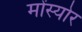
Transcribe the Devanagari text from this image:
मोंस्योर